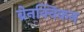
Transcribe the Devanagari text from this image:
ब्रेनक्विकन